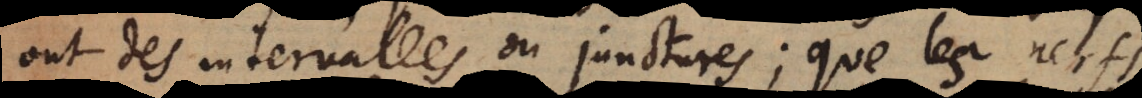
ont des intervalles ou junctures, que les nerf